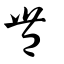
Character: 豐